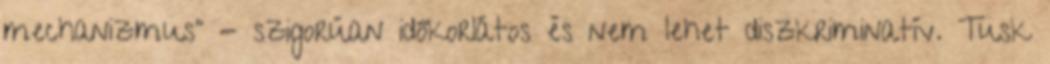
mechanizmus" - szigorúan időkorlátos és nem lehet diszkriminatív. Tusk